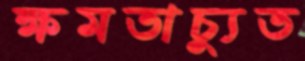
ক্ষমতাচ্যুত